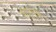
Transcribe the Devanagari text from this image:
चतुर्मुखः।।